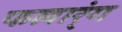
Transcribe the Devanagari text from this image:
फलार्ंग